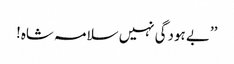
’’بے ہودگی نہیں سلامہ شاہ!